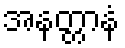
အနတ္တာနံ